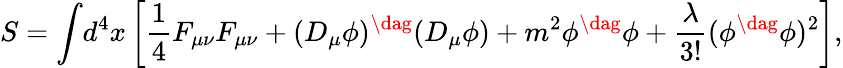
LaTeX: S={\int}d^{4}x\left[\frac{1}{4}F_{\mu\nu}F_{\mu\nu}+(D_{\mu}\phi)^{\dag}(D_{\mu}\phi)+m^{2}\phi^{\dag}\phi+\frac{\lambda}{3!}(\phi^{\dag}\phi)^{2}\right],